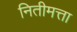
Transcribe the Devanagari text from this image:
नितीमत्ता